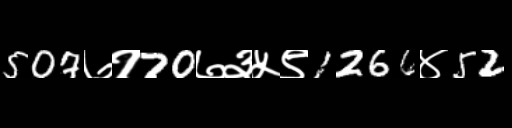
Text: 507७१70७३५९1266४52